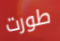
طورت